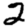
Digit: 2